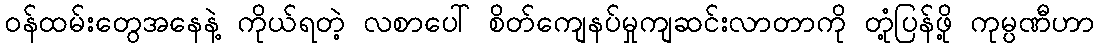
ဝန်ထမ်းတွေအနေနဲ့ ကိုယ်ရတဲ့ လစာပေါ် စိတ်ကျေနပ်မှုကျဆင်းလာတာကို တုံ့ပြန်ဖို့ ကုမ္ပဏီဟာ